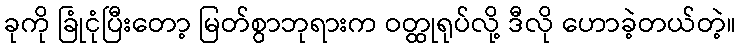
ခုကို ခြုံငုံပြီးတော့ မြတ်စွာဘုရားက ဝတ္ထုရုပ်လို့ ဒီလို ဟောခဲ့တယ်တဲ့။